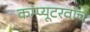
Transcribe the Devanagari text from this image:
कम्प्यूटरवॉच